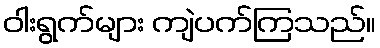
ဝါးရွက်များ ကျဲပက်ကြသည်။